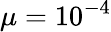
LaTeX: \mu=10^{-4}